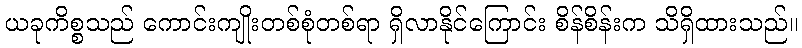
ယခုကိစ္စသည် ကောင်းကျိုးတစ်စုံတစ်ရာ ရှိလာနိုင်ကြောင်း စိန်စိန်းက သိရှိထားသည်။